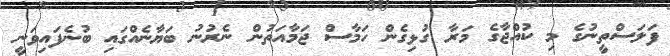
ފަލަސްތީނުގެ މި ކުއްޖާގެ މަރާ ގުޅިގެން ހަމާސް ޖަމާއަތުން ނެރުނު ބަޔާނެއްގައި ބުނެފައިވަނީ